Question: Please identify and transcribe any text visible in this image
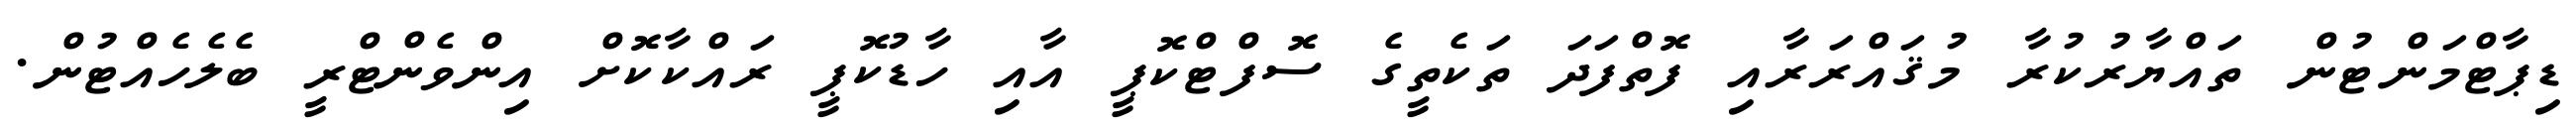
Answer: ޑިޕާޓްމަންޓުން ތައްޔާރުކުރާ މުޤައްރަރާއި ފޮތްފަދަ ތަކެތީގެ ސޮފްޓްކޮޕީ އާއި ހާޑުކޮޕީ ރައްކާކޮށް އިންވެންޓްރީ ބެލެހެއްޓުން.